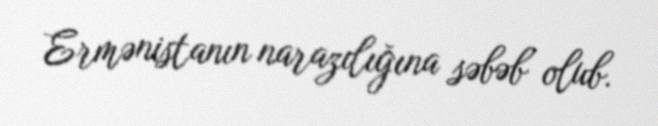
Ermənistanın narazılığına səbəb olub.